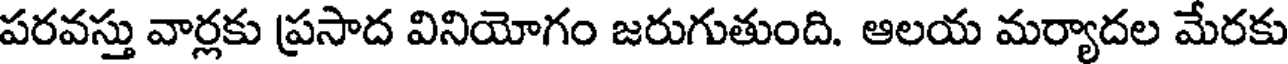
పరవస్తు వార్లకు ప్రసాద వినియోగం జరుగుతుంది. ఆలయ మర్యాదల మేరకు